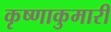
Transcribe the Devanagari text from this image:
कृष्णाकुमारी